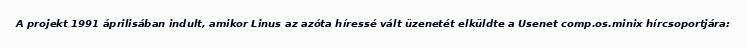
A projekt 1991 áprilisában indult, amikor Linus az azóta híressé vált üzenetét elküldte a Usenet comp.os.minix hírcsoportjára: